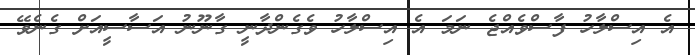
އެ އިސްލާހު ފާސްވެއްޖެ ނަމަ އެ އިސްލާހު ވެގެންދާނީ ގާނޫނު އަސާސީއަށް ގެނެވޭ